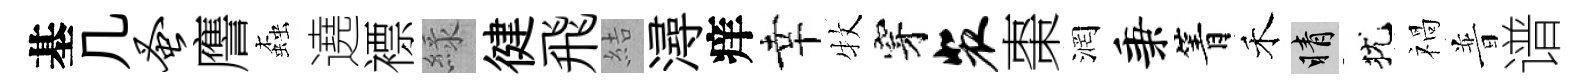
基几蚤譍螙遶褾緑徤飛結潯痒幸牧穿裴棗润秉箐禾睛犹禍普谱